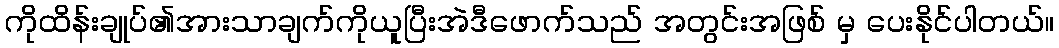
ကိုထိန်းချုပ်၏အားသာချက်ကိုယူပြီးအဲဒီဖောက်သည် အတွင်းအဖြစ် မှ ပေးနိုင်ပါတယ်။